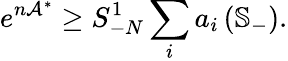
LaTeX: e^{n\mathcal{A}^{\ast}}\geq S_{-N}^{1}\sum_{i}a_{i}\left(\mathbb{S}_{-}\right).